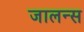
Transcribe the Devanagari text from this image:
जालन्स